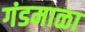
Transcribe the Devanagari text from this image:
गंडमाळा